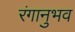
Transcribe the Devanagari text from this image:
रंगानुभव